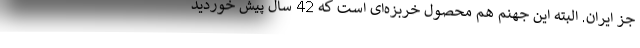
جز ایران. البته این جهنم هم محصول خربزه‌ای است که 42 سال پیش ‌خوردید